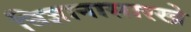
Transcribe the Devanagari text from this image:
विज्ञानासारखे